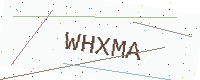
Text: WHXMA